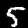
Label: 5